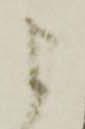
よ